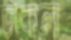
ভাকলা